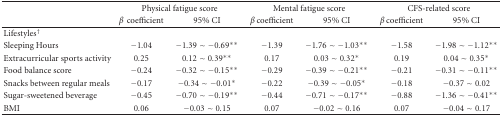
|  | <COLSPAN=2> Physical fatigue score | <COLSPAN=2> Mental fatigue score | <COLSPAN=2> CFS-related score |
 |  | β coefficient | 95% CI | β coefficient | 95% CI | β coefficient | 95% CI |
 | --- | --- | --- | --- | --- | --- | --- |
 | Lifestyles† |  |  |  |  |  |  |
 | Sleeping Hours | −1.04 | −1.39 ~ −0.69** | −1.39 | −1.76 ~ −1.03** | −1.58 | −1.98 ~ −1.12** |
 | Extracurricular sports activity | 0.25 | 0.12 ~ 0.39** | 0.17 | 0.03 ~ 0.32* | 0.19 | 0.04 ~ 0.35* |
 | Food balance score | −0.24 | −0.32 ~ −0.15** | −0.29 | −0.39 ~ −0.21** | −0.21 | −0.31 ~ −0.11** |
 | Snacks between regular meals | −0.17 | −0.34 ~ −0.01* | −0.22 | −0.39 ~ −0.05* | −0.18 | −0.37 ~ 0.02 |
 | Sugar-sweetened beverage | −0.45 | −0.70 ~ −0.19** | −0.44 | −0.71 ~ −0.17** | −0.88 | −1.36 ~ −0.41** |
 | BMI | 0.06 | −0.03 ~ 0.15 | 0.07 | −0.02 ~ 0.16 | 0.07 | −0.04 ~ 0.17 |